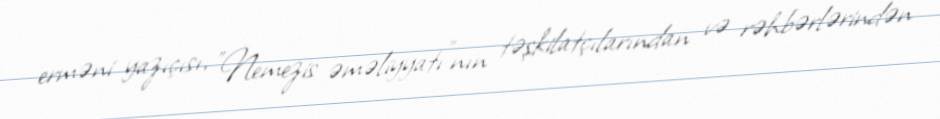
erməni yazıçısı, "Nemezis əməliyyatı"nın təşkilatçılarından və rəhbərlərindən